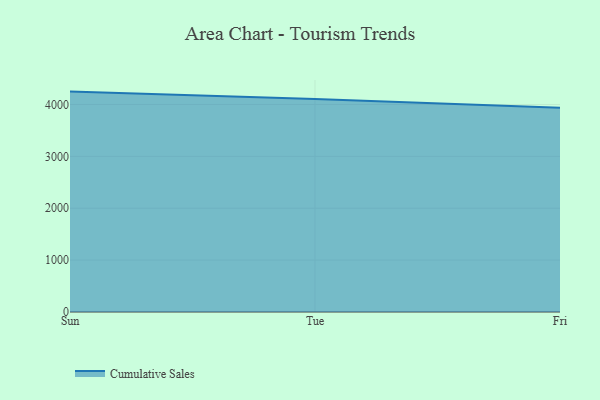
{"axis": {"x": "Day", "y": "Churn Rate (%)"}, "legend": ["Cumulative Sales"], "data": [{"x": "Sun", "y": 4248.4, "type": "Cumulative Sales"}, {"x": "Tue", "y": 4103.7, "type": "Cumulative Sales"}, {"x": "Fri", "y": 3936.3, "type": "Cumulative Sales"}]}